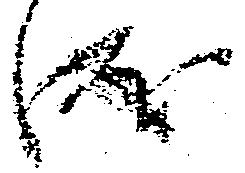
成